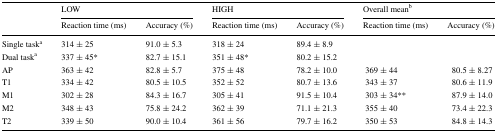
| <ROWSPAN=2>  | <COLSPAN=2> LOW | <COLSPAN=2> HIGH | <COLSPAN=2> Overall meanb |
 | Reaction time (ms) | Accuracy (%) | Reaction time (ms) | Accuracy (%) | Reaction time (ms) | Accuracy (%) |
 | --- | --- | --- | --- | --- | --- | --- |
 | Single taska | 314 ± 25 | 91.0 ± 5.3 | 318 ± 24 | 89.4 ± 8.9 |  |  |
 | Dual taska | 337 ± 45* | 82.7 ± 15.1 | 351 ± 48* | 80.2 ± 15.2 |  |  |
 | AP | 363 ± 42 | 82.8 ± 5.7 | 375 ± 48 | 78.2 ± 10.0 | 369 ± 44 | 80.5 ± 8.27 |
 | T1 | 334 ± 42 | 80.5 ± 10.5 | 352 ± 52 | 80.7 ± 13.6 | 343 ± 37 | 80.6 ± 11.9 |
 | M1 | 302 ± 28 | 84.3 ± 16.7 | 305 ± 41 | 91.5 ± 10.4 | 303 ± 34** | 87.9 ± 14.0 |
 | M2 | 348 ± 43 | 75.8 ± 24.2 | 362 ± 39 | 71.1 ± 21.3 | 355 ± 40 | 73.4 ± 22.3 |
 | T2 | 339 ± 50 | 90.0 ± 10.4 | 361 ± 56 | 79.7 ± 16.2 | 350 ± 53 | 84.8 ± 14.3 |